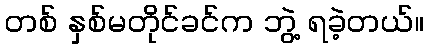
တစ် နှစ်မတိုင်ခင်က ဘွဲ့ ရခဲ့တယ်။